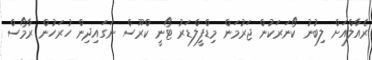
ރެއާލްއަށް ލިބުނު ކޯނަރަކުން ޖަރުމަން މިޑްފީލްޑަރު ޓޯނީ ކްރޫސް ނަގައިދިން ހުރަހުން ރާމޯސް